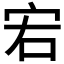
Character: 𡧣